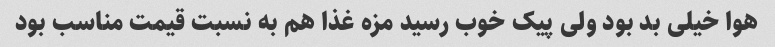
هوا خیلی بد بود ولی پیک خوب رسید مزه غذا هم به نسبت قیمت مناسب بود